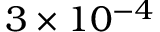
3 \times 1 0 ^ { - 4 }